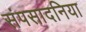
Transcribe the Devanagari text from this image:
संपसादनिया